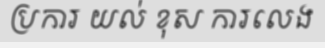
ប្រការ យល់ ខុស ការលេង